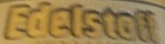
Edelstoff